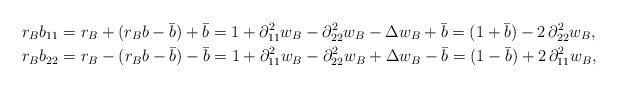
LaTeX: \begin{align*}r_B b_{11} &= r_B + (r_B b -\bar{b}) + \bar{b} = 1 + \partial_{11}^2 w_B -\partial_{22}^2 w_B - \Delta w_B +\bar{b} = (1+\bar{b}) -2\,\partial_{22}^2 w_B,\\r_B b_{22} &= r_B - (r_B b -\bar{b}) -\bar{b} = 1 + \partial_{11}^2 w_B -\partial_{22}^2 w_B + \Delta w_B -\bar{b}= (1-\bar{b}) +2\,\partial_{11}^2 w_B,\end{align*}